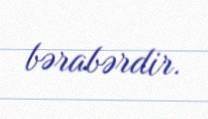
bərabərdir.